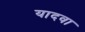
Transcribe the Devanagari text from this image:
यादवा